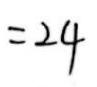
$=24$